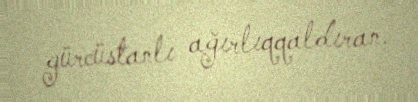
gürcüstanlı ağırlıqqaldıran.